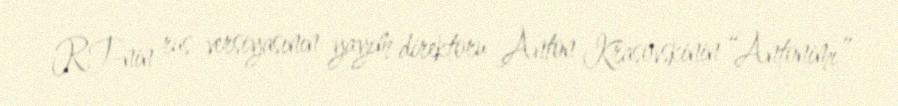
RT-nin rus versiyasının yayım direktoru Anton Krasovskinin “Antonimı”